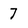
Character: 7